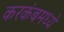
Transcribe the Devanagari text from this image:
करकंबमध्ये